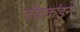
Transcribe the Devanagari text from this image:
जॅककडून